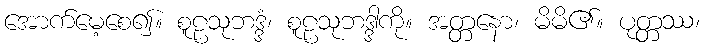
အောက်မေ့စေ၍။ စူဠသုဘဒ္ဒံ၊ စူဠသုဘဒ္ဒါကို။ အတ္တနော၊ မိမိ၏။ ပုတ္တဿ၊